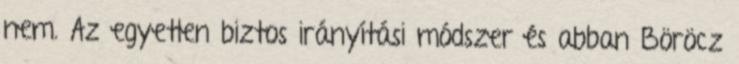
nem. Az egyetlen biztos irányítási módszer és abban Böröcz